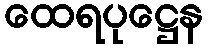
ထေရပုဋ္ဌေန